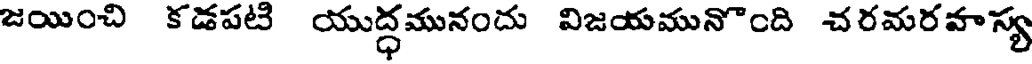
జయించి కడపటి యుద్ధమునందు విజయమునొంది చరమరవాస్య